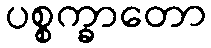
ပစ္စက္ခာတော